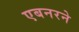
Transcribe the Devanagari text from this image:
एबनरने